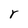
Character: r